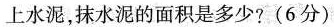
上水泥，抹水泥的面积是多少?(6分)